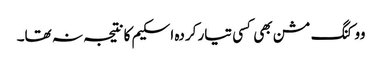
ووکنگ مشن بھی کسی تیار کردہ اسکیم کا نتیجہ نہ تھا۔